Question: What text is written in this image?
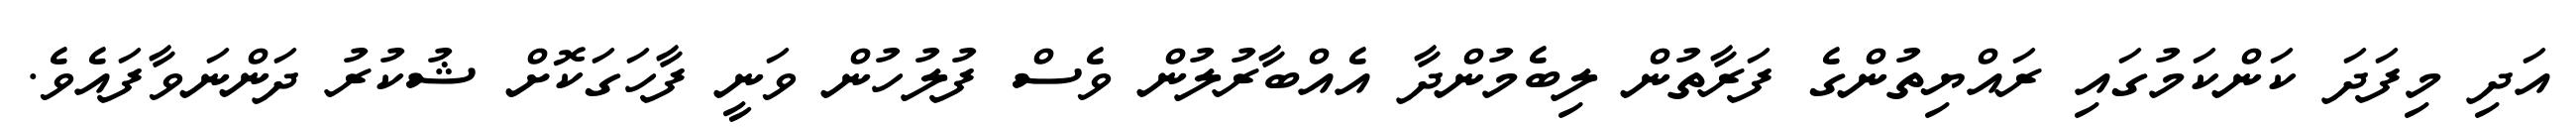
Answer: އަދި މިފަދަ ކަންކަމުގައި ރައްޔިތުންގެ ފަރާތުން ލިބެމުންދާ އެއްބާރުލުން ވެސް ފުލުހުން ވަނީ ފާހަގަކޮށް ޝުކުރު ދަންނަވާފައެވެ.